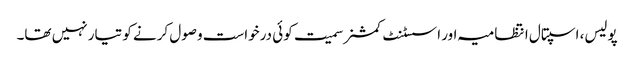
پولیس، اسپتال انتظامیہ اور اسسٹنٹ کمشنر سمیت کوئی درخواست وصول کرنے کو تیار نہیں تھا۔